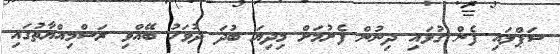
ސަޕްލައި ފެން ގުޅައި ދިނުން ފެށުމަށް މިދިޔަ ބުދަ ދުވަހު ބޭއްވި ރަސްމިއްޔާތުގައި